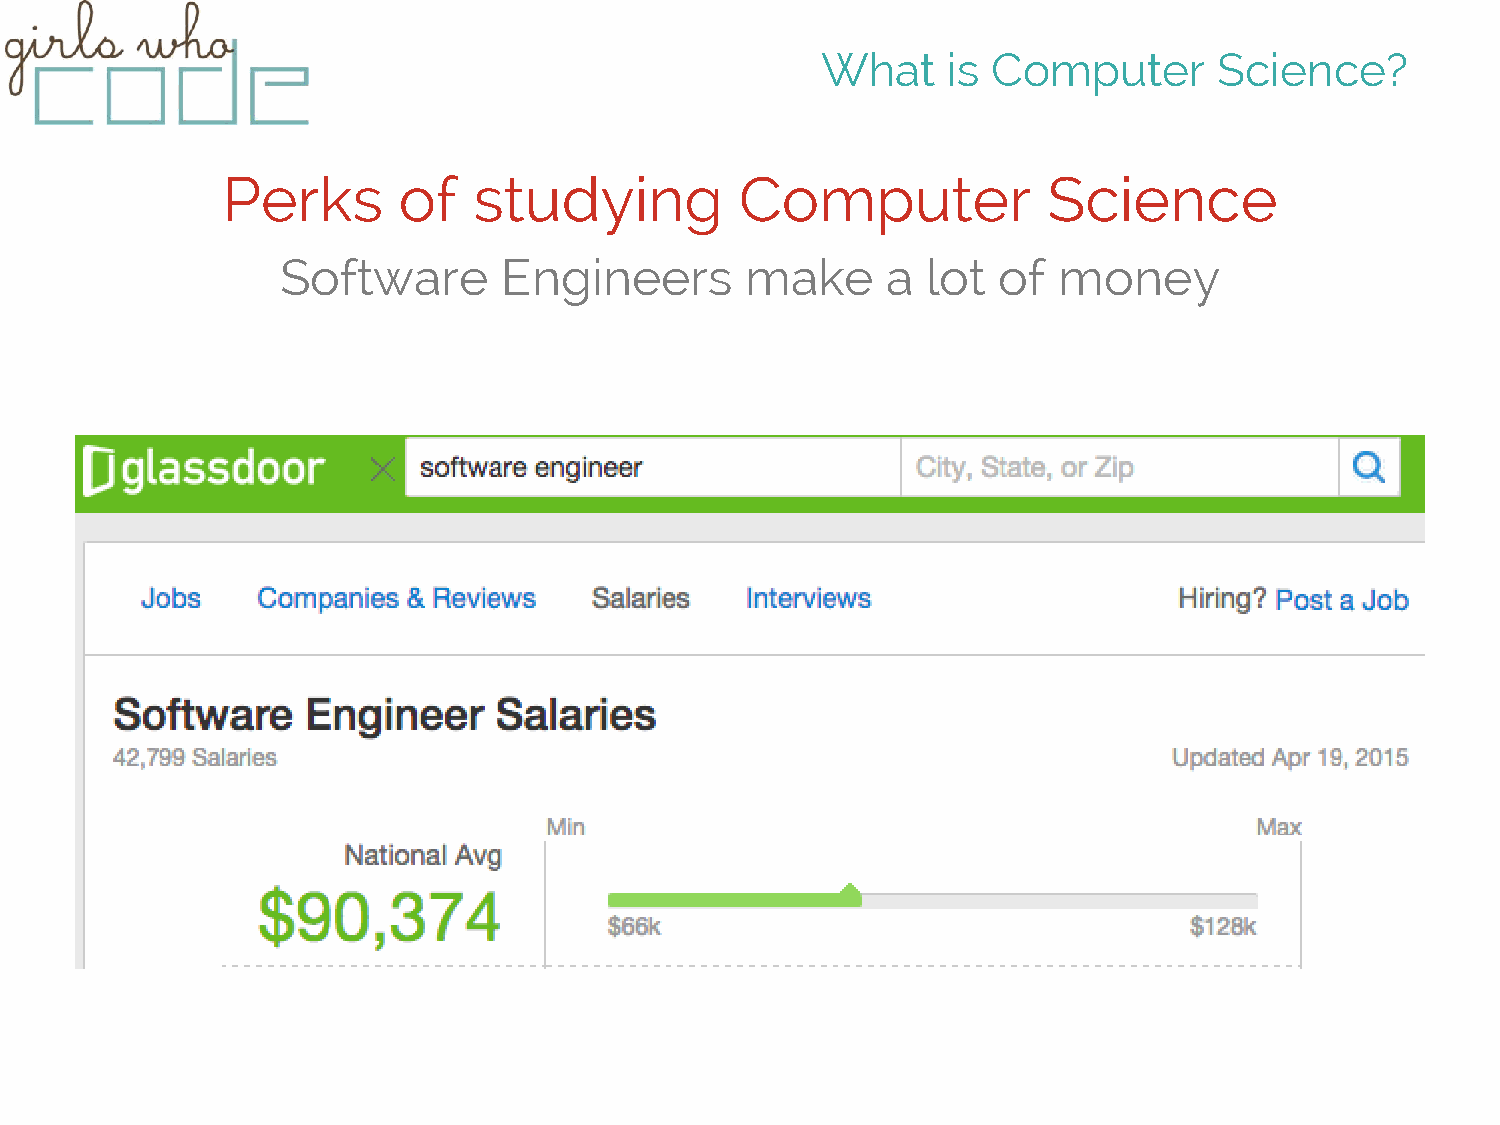
What     is Computer       Science?
 Perks      of   studying          Computer            Science
 Software      Engineers       make      a lot  of  money